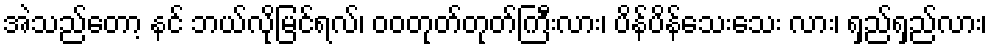
အဲသည်တော့ နင် ဘယ်လိုမြင်ရလ်၊ ဝဝတုတ်တုတ်ကြီးလား၊ ပိန်ပိန်သေးသေး လား၊ ရှည်ရှည်လား၊